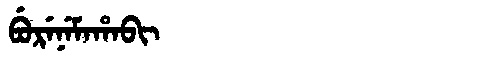
Manchu: ᠪᡠᡵᡝᠨᡝᠮᠠᡥᠠᠪᡳ
Romanization: BURENEMAHABI